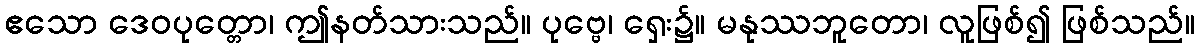
ဧသော ဒေဝပုတ္တော၊ ဤနတ်သားသည်။ ပုဗ္ဗေ၊ ရှေး၌။ မနုဿဘူတော၊ လူဖြစ်၍ ဖြစ်သည်။